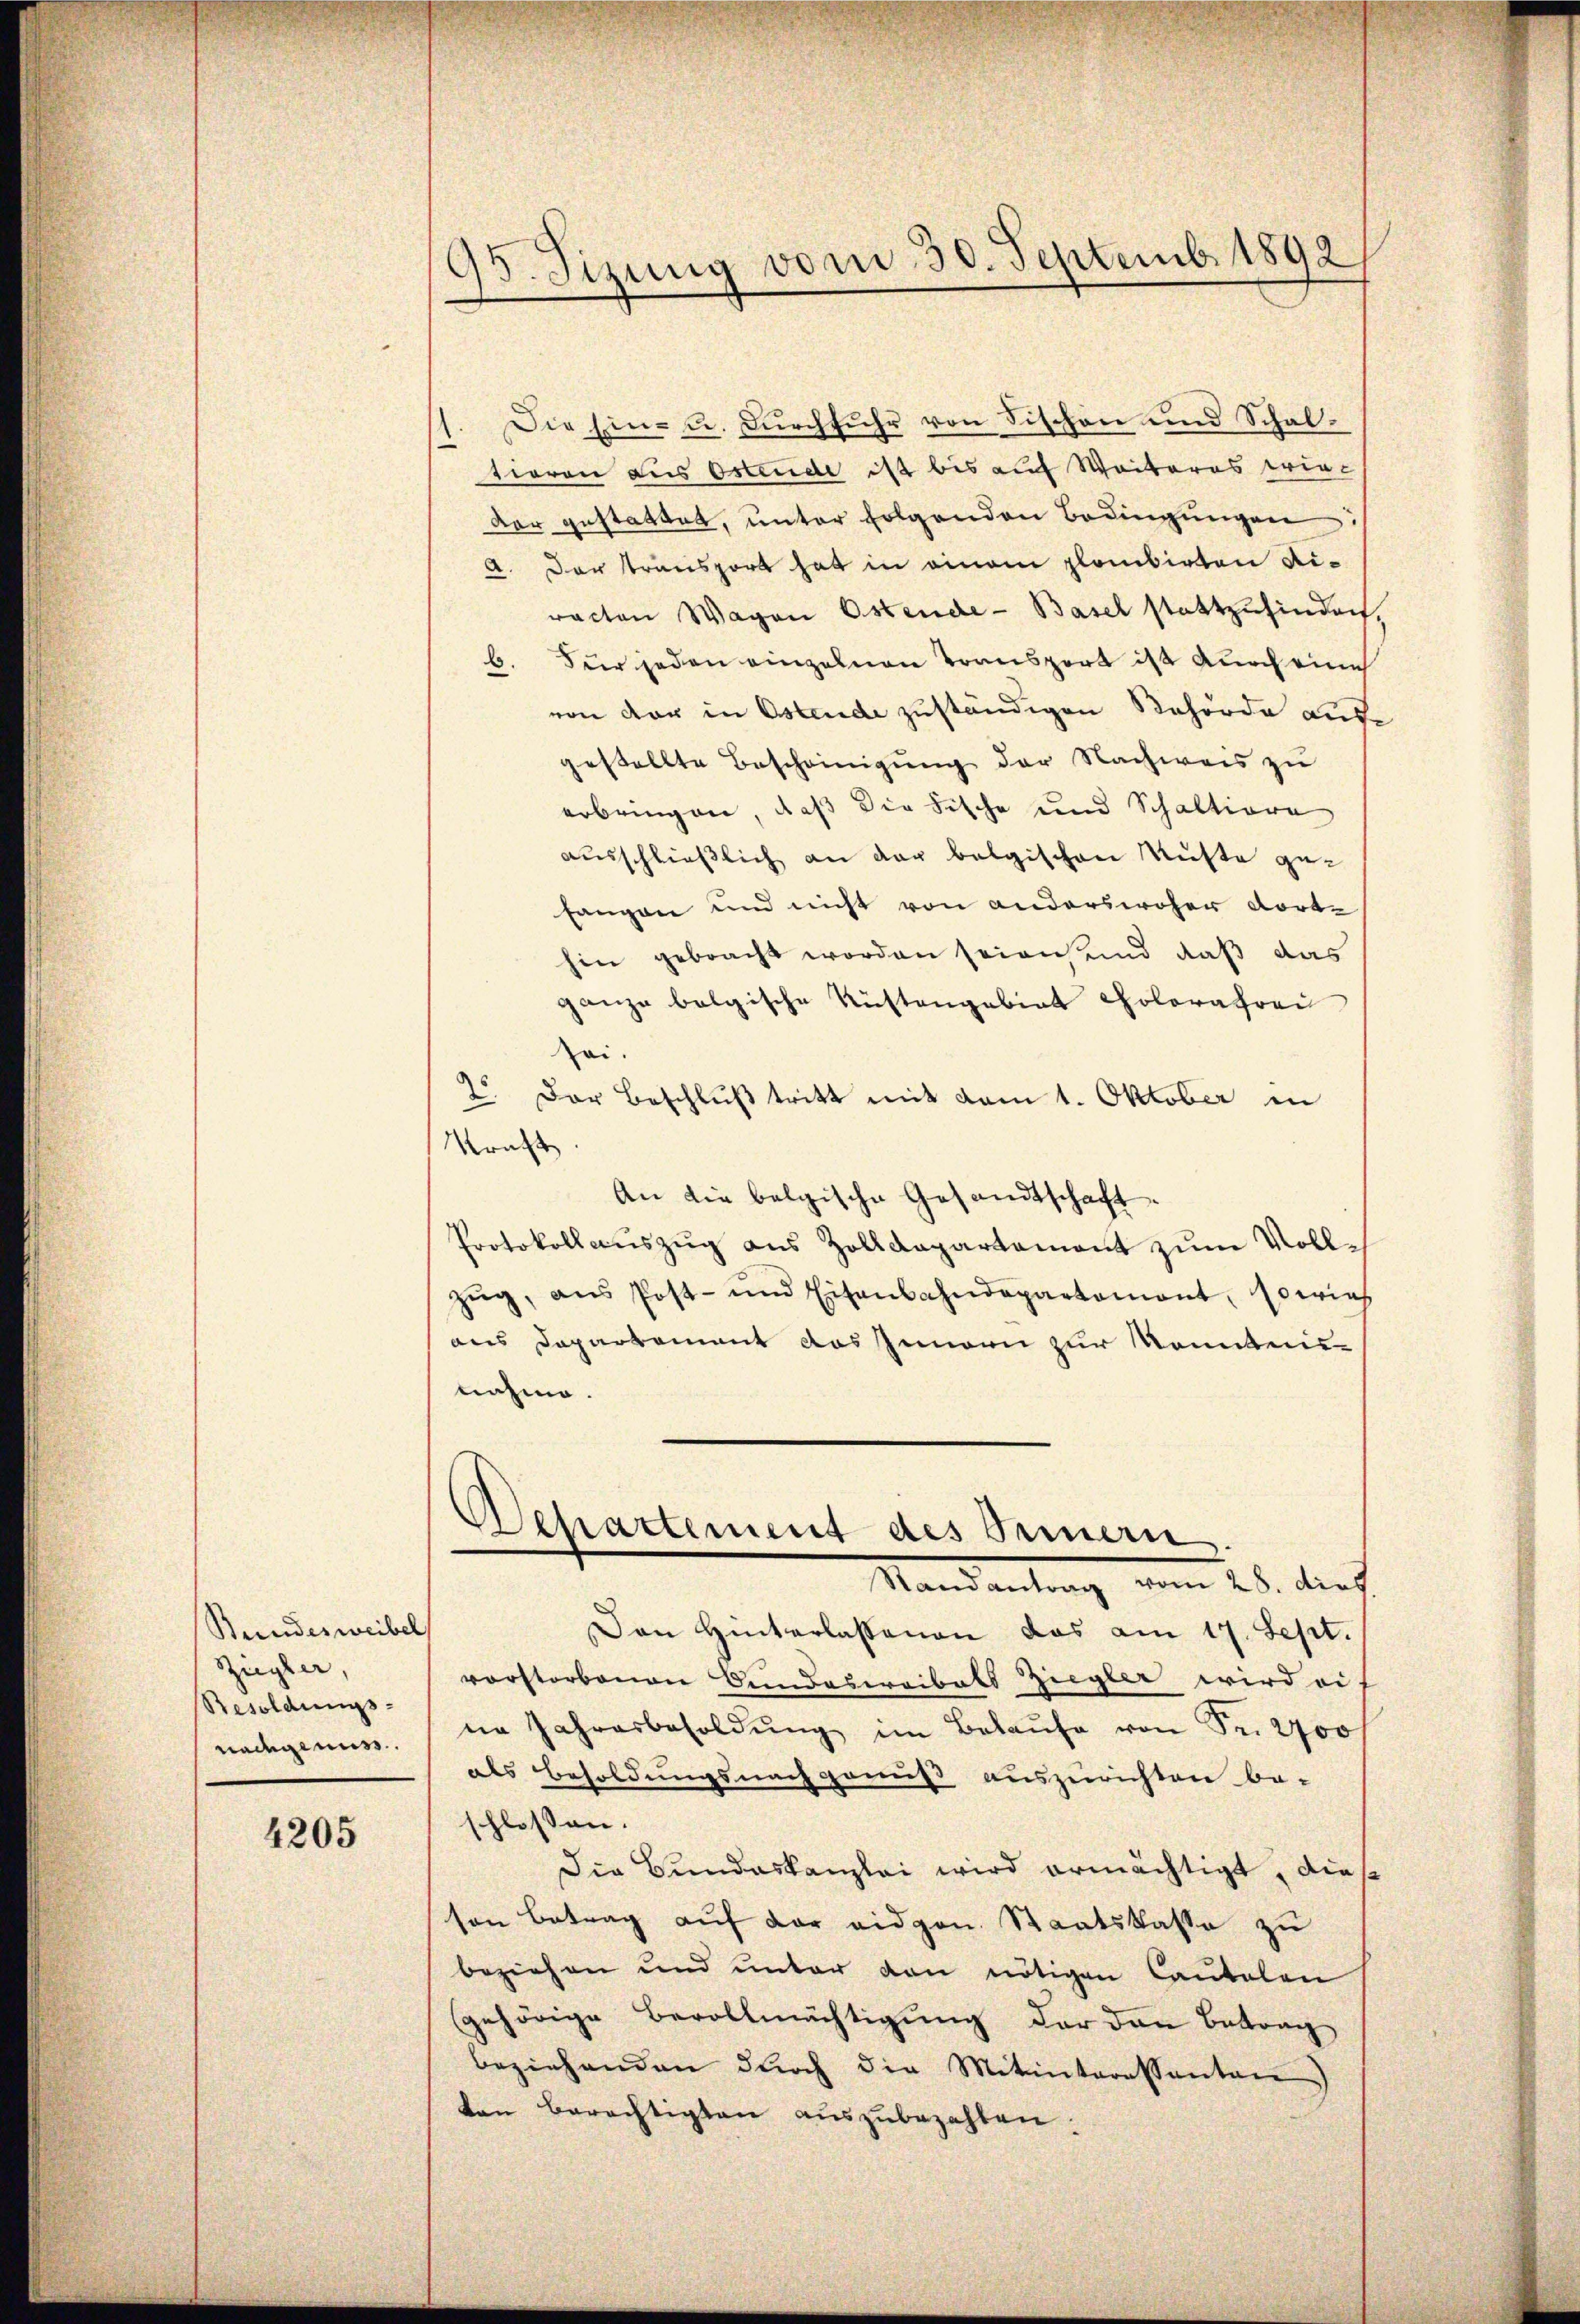
Bundesweibel
Ziegler,
Resoldungs-
nachgenuss.

4205

95. Sizung vom 30. Septemb. 1892

Die Ein- u. Durchfuhr von Fischon und Schaltioren aus Ostende ist bis auf Weiberos wieder gestattet, unter folgenden Bedingungen
A. Der transport hat in einem plabirten Fi-
racten Wagen Ostende - Basel stattzufinden.
b. Für jeden einzelnen Transport ist durch eines
von der in Ostende zuständigen Behörde ausgestellte Bescheinigung der Nachweis zu
erbringen, daß die Fische und Schaltiore
ausschließlich an der belgischen Ruste gefangen und nicht von anderswoher dorte
hin gebracht worden seien und daß das
ganze belgische Küstengebiet Colorafrei
zei.
2o. Der Beschluß tritt mit vom 1. Oktober in
Kraft
An die belgische Gesandtschaft.
Protokollauszug aus Zolldepartament zum Vollzŭg, ans Post- und Eisenbahndepartament, sowies
aus Departement das Innern zur Monntens
nahme.
Departement des Gemein
Randantrag vom 28. dies
Den Hinterlassenen das am 17. Sept.
vorstorbenen Bindestreibals Ziegler wird ei-
ne Jahresbesoldŭng im Belaŭfe von Sr. 2700
als Besoldungsnachgenuß auszurichten be-
schlossen.
Die Bundeskanzlei wird ermächtigt, dieß
ton Betrag auf der eidgen. Staatskasse zu
beziehen und unter den nötigen Cautalen
gehörige Bevollmächtigung der den Betrag
beziehenden dŭrch die Mitunteressanten
den berechtigten aŭszŭbezahlen.